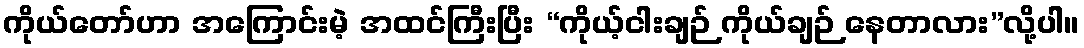
ကိုယ်တော်ဟာ အကြောင်းမဲ့ အထင်ကြီးပြီး “ကိုယ့်ငါးချဉ် ကိုယ်ချဉ် နေတာလား”လို့ပါ။